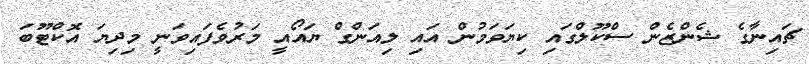
ޗައިނާގެ ޝެންޒެންް ސްކޫލްގައި ކިޔަވަމުން އައި ލިއަންގް ޔައޯއީ މަރުވެފައިވަނީ މިދިޔަ އޮކްޓޫބަ